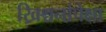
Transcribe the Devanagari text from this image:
ख्रिश्चनांपेक्षा